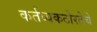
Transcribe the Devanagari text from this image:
कर्तव्यकठोरतेचे